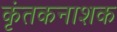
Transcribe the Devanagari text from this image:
कृंतकनाशक